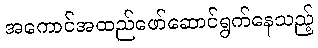
အကောင်အထည်ဖော်ဆောင်ရွက်နေသည့်